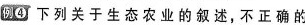
例4 下列关于生态农业的叙述，不正确的